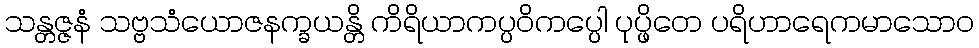
သန္တဇ္ဇနံ သဗ္ဗသံယောဇနက္ခယန္တိ ကိရိယာကပ္ပဝိကပ္ပေါ ပုပ္ဖိတေ ပရိဟာရေကမာသောဝ